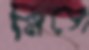
মিসে